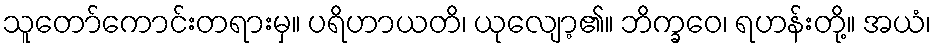
သူတော်ကောင်းတရားမှ။ ပရိဟာယတိ၊ ယုလျော့၏။ ဘိက္ခဝေ၊ ရဟန်းတို့။ အယံ၊